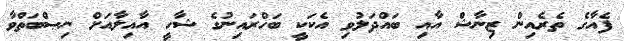
ފެއާގެ ތެރެއިން ޒިނާޝް އާއި ބައްދަލުވި އެކަކީ ބަހްރައިނުގެ ޝާހީ އާއިލާއަށް ނިޞްބަތްވާ